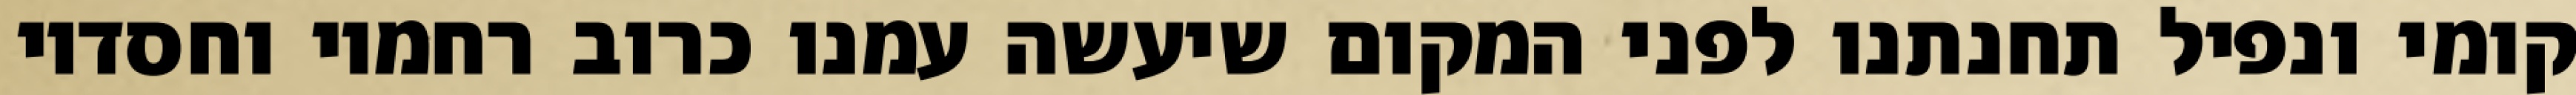
קומי ונפיל תחנתנו לפני המקום שיעשה עמנו כרוב רחמיו וחסדיו